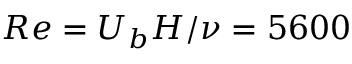
R e = U _ { b } H / { \nu } = 5 6 0 0